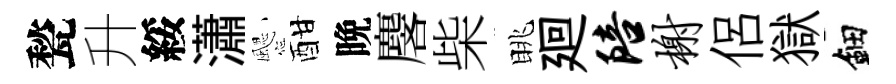
甃升綏瀟颸酣晩麐柴眺廻陪榭侶獄鈿